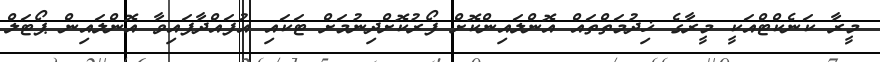
މީރާ ކަނެކްޓްއަކީ މީރާގެ ޚިދުމަތްތައް އޮންލައިންކޮށް ފޯރުކޮށްދިނުމަށް ޓަކައި އުފައްދާފައިވާ އޮންލައިން ޕޯޓަލް